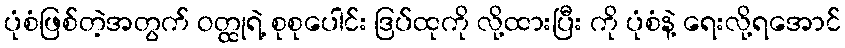
ပုံစံဖြစ်တဲ့အတွက် ဝတ္ထုရဲ့ စုစုပေါင်း ဒြပ်ထုကို လို့ထားပြီး ကို ပုံစံနဲ့ ရေးလို့ရအောင်